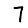
Digit: 7